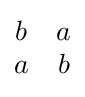
{\begin{matrix}b&a\\a&b\end{matrix}}